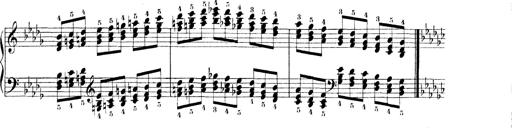
Title: Technische Studien
Composer: Franz Liszt